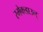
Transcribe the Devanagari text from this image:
स्मेकडाउन्